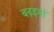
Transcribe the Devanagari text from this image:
बढ़इयों